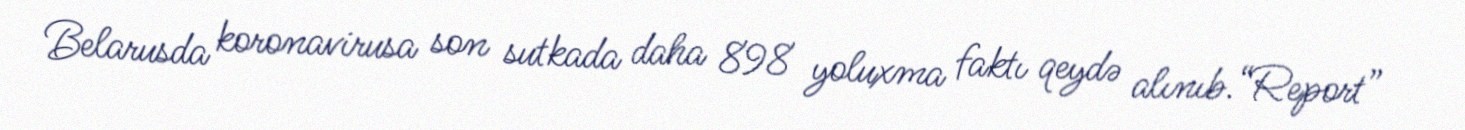
Belarusda koronavirusa son sutkada daha 898 yoluxma faktı qeydə alınıb.“Report”